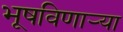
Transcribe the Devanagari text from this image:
भूषविणार्‍या